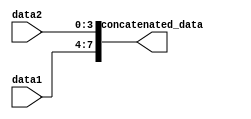
module Concatenation_example (
    input [3:0] data1,
    input [3:0] data2,
    output [7:0] concatenated_data
);

assign concatenated_data = {data1, data2};

endmodule